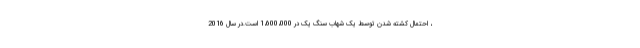
، احتمال کشته شدن توسط یک شهاب سنگ یک در 1،600،000 است.در سال 2016